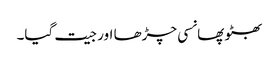
بھٹو پھانسی چڑھا اور جیت گیا۔